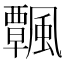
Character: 𩙀